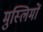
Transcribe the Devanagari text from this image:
मुस्‍लिमों